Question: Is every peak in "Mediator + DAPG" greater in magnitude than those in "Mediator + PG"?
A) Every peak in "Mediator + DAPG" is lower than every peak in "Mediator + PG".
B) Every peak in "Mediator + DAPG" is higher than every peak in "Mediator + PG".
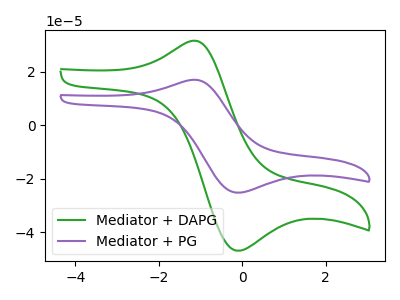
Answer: <think>The green curve "Mediator + DAPG" has an anodic peak at (-1.25V, 31.50uA) and a cathodic peak at (-0.15V, -46.95uA). The purple curve "Mediator + PG" has an anodic peak at (-1.25V, 16.90uA) and a cathodic peak at (-0.15V, -25.25uA).</think>
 <answer>B) Every peak in "Mediator + DAPG" is higher than every peak in "Mediator + PG".</answer>
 <eval>B</eval>